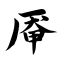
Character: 厣